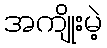
အကျိုးမဲ့